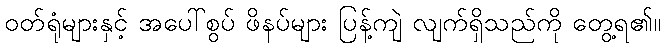
ဝတ်ရုံများနှင့် အပေါ်စွပ် ဖိနပ်များ ပြန့်ကျဲ လျက်ရှိသည်ကို တွေ့ရ၏။